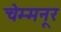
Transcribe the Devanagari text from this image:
चेम्मनूर